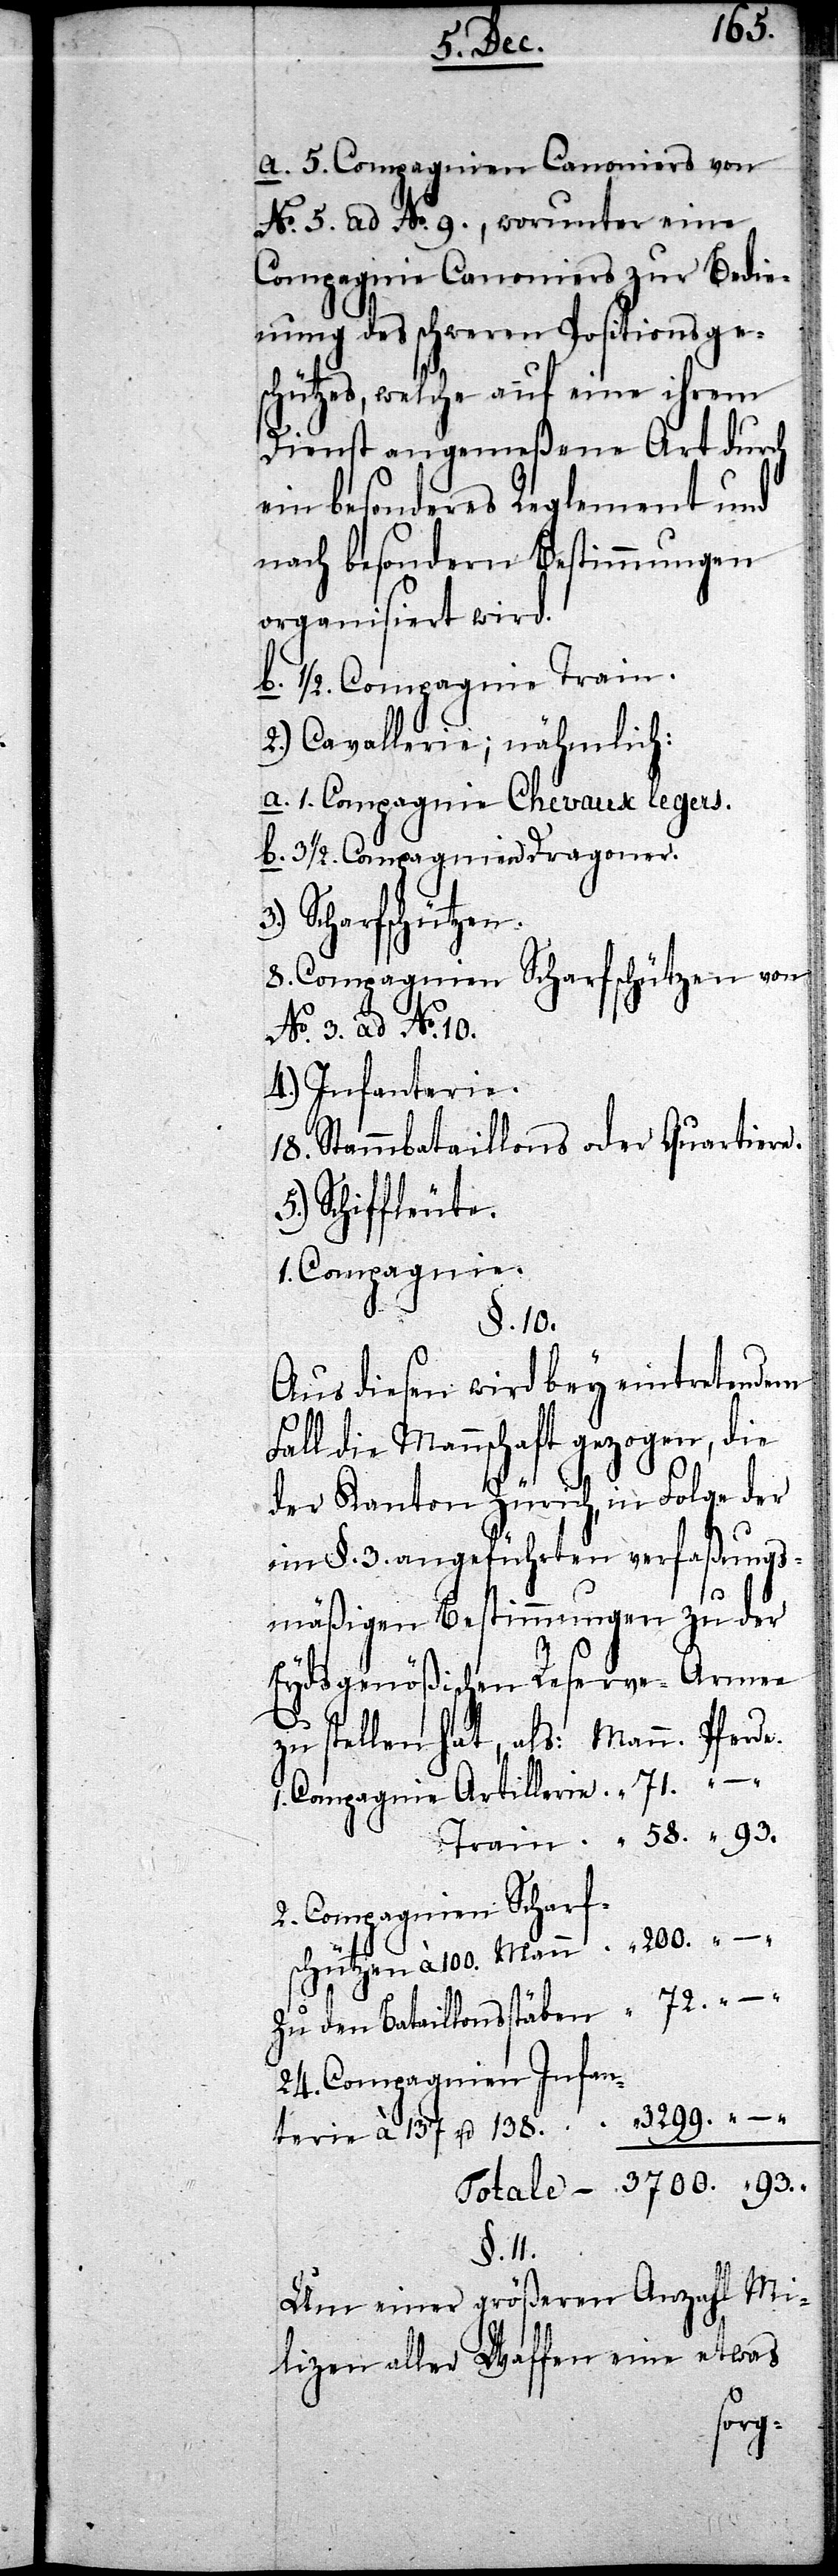
100.
a. 5. Compganien Canoniers von
No. 5. ad No. 9., worunter eine
Compagnie Canoniers zur Bedie¬
nung des schweren Positionsge¬
schützes, welche auf eine ihrem
Dienst angemeßene Art durch
ein besonderes Reglement und
nach besondern Bestimmungen
organisiert wird.
b. 1/2. Compagnie Train.
2.) Cavallerie; nähmlich:
a. 1. Compagnie Chevaux legers.
b. 31/2. Compagnien Dragoner.
Scharfschützen.
2. Compagnien Scharfschützen à
No. 3. ad No. 10.
4.) Infanterie.
18. Standesbataillons oder Quartier¬
Schiffleute.
[1. Compagnie]
§. 10.
Aus diesen wird bey eintretendem
Fall die Mannschaft gezogen, die
93.
in Folge der
der Kanton Züri¬
im §. 3. angeführten verfaßungs¬
mäßigen Bestimmungen zu der
Eydsgenößischen Reserve-Armee
Zu den Bataillonsstäben
24. Compagnien Infan¬
terie à 137. u. 128.
§. 11.
Um einer größeren Anzahl Mi¬
lizen aller Waffen eine etwas